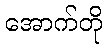
အောက်တို